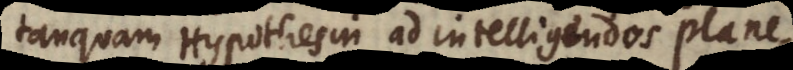
tanquam Hypothesin ad intelligendos plane